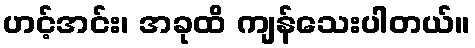
ဟင့်အင်း၊ အခုထိ ကျန်သေးပါတယ်။